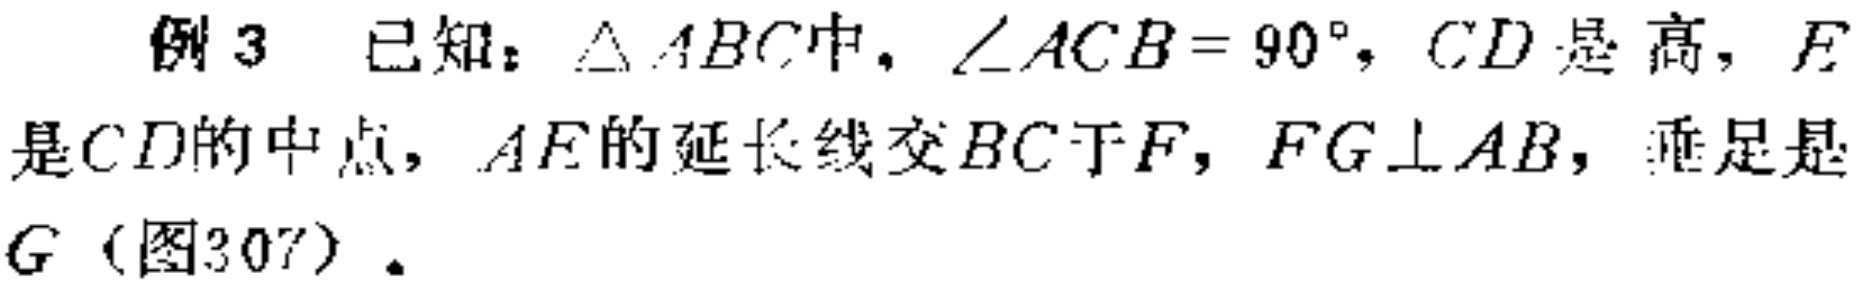
例3 已知：$\triangle ABC$中，$\angle ACB = 90^{\circ}$，$CD$是高，$E$是$CD$的中点，$AE$的延长线交$BC$于$F$，$FG\perp AB$，垂足是$G$（图307）.